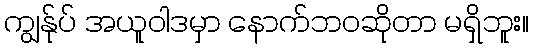
ကျွန်ုပ် အယူဝါဒမှာ နောက်ဘဝဆိုတာ မရှိဘူး။